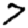
Digit: 7